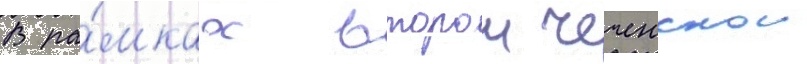
В ра́мках второи чеченскои